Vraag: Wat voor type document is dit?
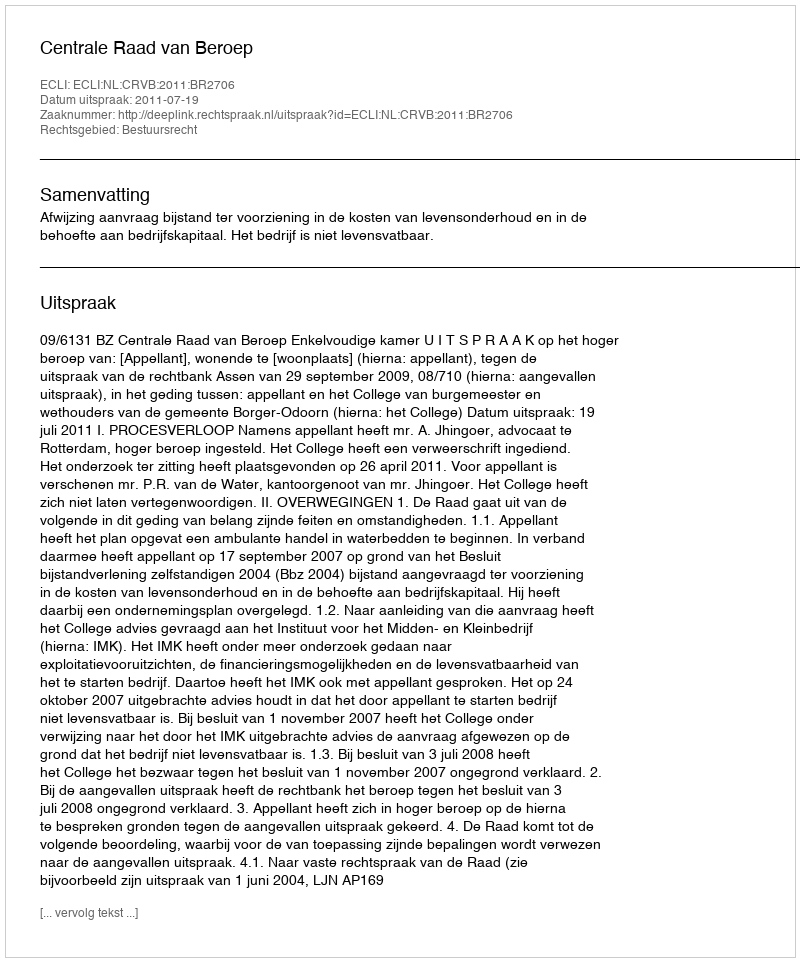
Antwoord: Uitspraak